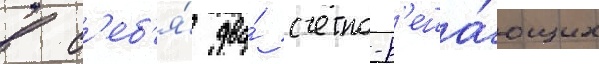
в с'еб'я́ два́ счетно-р'еша́ющих